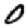
Digit: 0